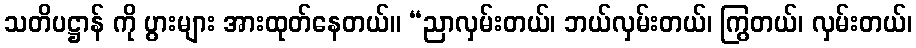
သတိပဋ္ဌာန် ကို ပွားများ အားထုတ်နေတယ်။ “ညာလှမ်းတယ်၊ ဘယ်လှမ်းတယ်၊ ကြွတယ်၊ လှမ်းတယ်၊